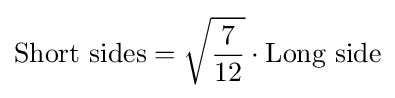
{\text{Short sides}}={\sqrt {\frac {7}{12}}}\cdot {\text{Long side}}